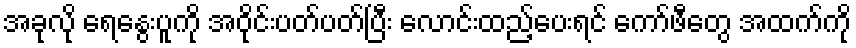
အခုလို ရေနွေးပူကို အဝိုင်းပတ်ပတ်ပြီး လောင်းထည့်ပေးရင် ကော်ဖီတွေ အထက်ကို